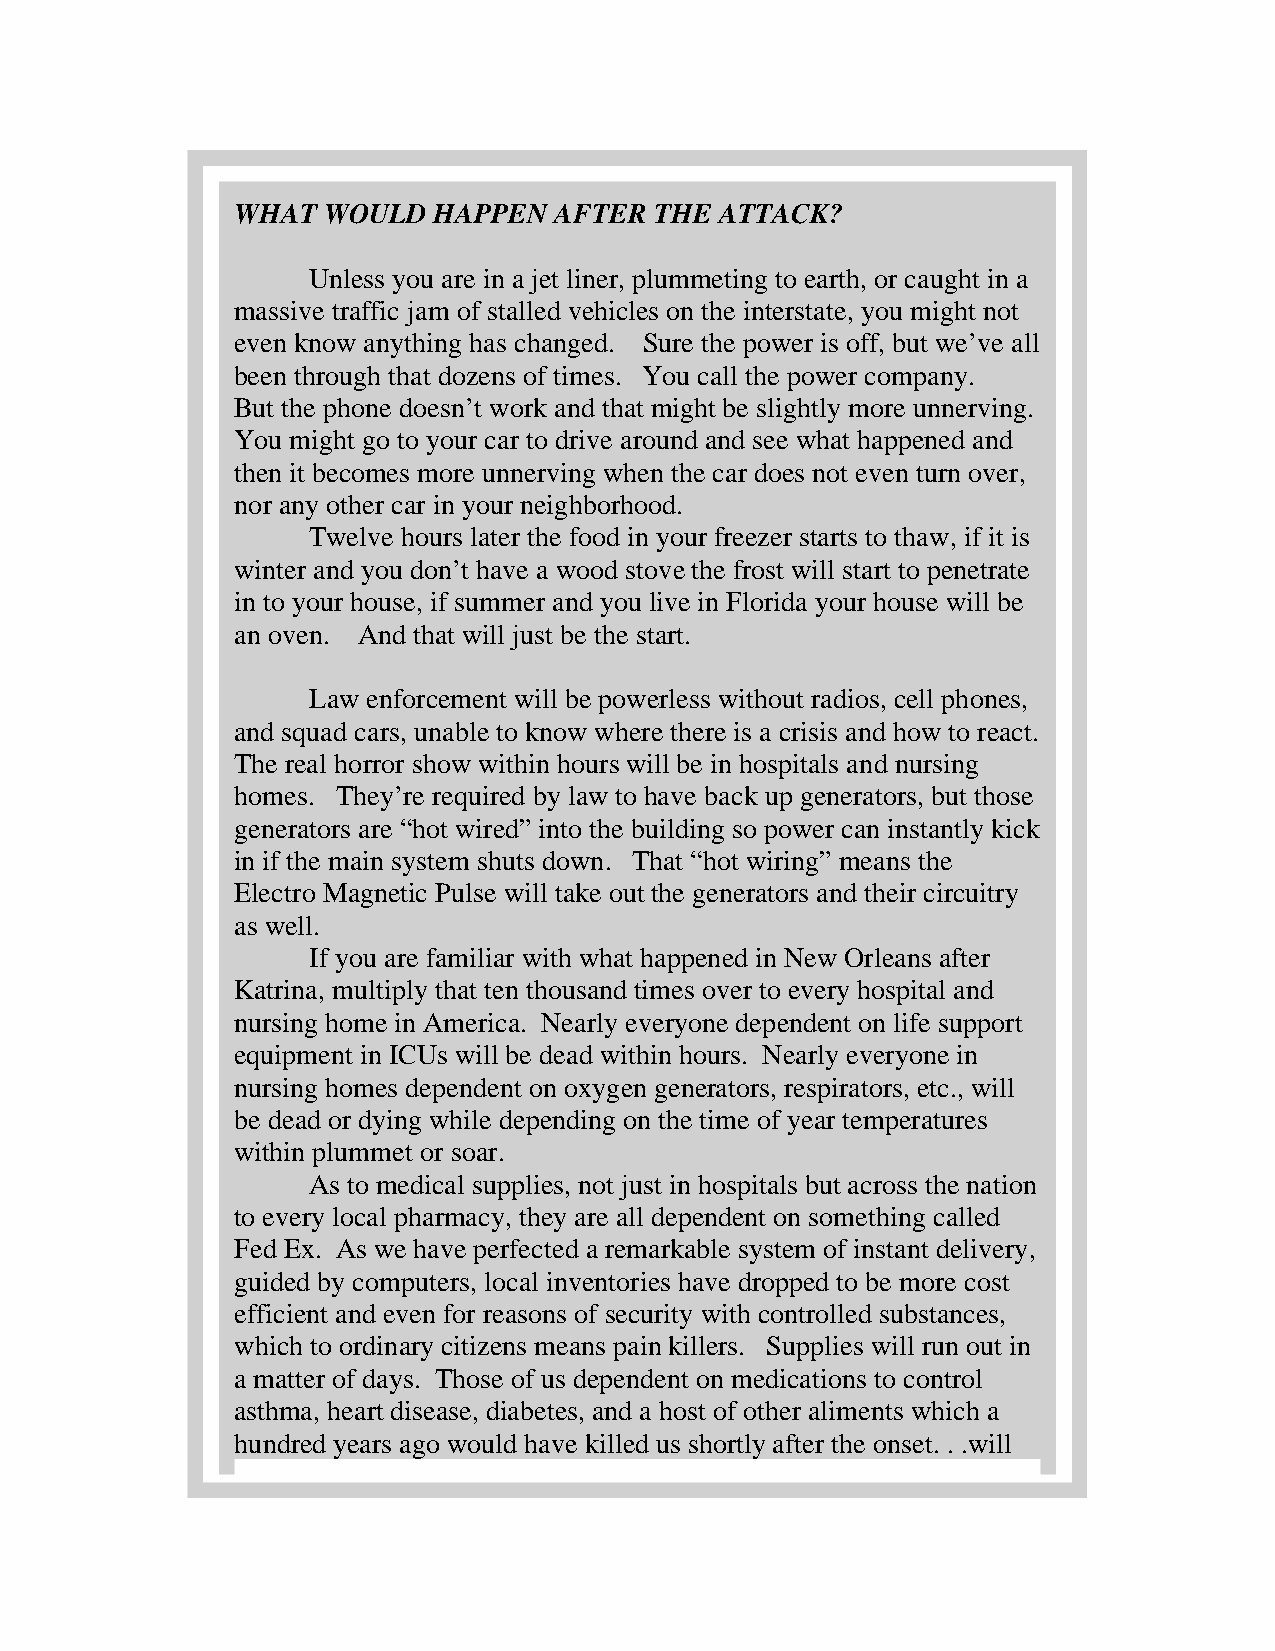
WHAT WOULD   HAPPEN  AFTER THE  ATTACK?
 Unless you are in a jet liner, plummeting to earth, or caught in a
 massive traffic jam of stalled vehicles on the interstate, you might not
 even know anything has changed. Sure the power is off, but we’ve all
 been through that dozens of times. You call the power company.
 But the phone doesn’t work and that might be slightly more unnerving.
 You might go to your car to drive around and see what happened and
 then it becomes more unnerving when the car does not even turn over,
 nor any other car in your neighborhood.
 Twelve hours later the food in your freezer starts to thaw, if it is
 winter and you don’t have a wood stove the frost will start to penetrate
 in to your house, if summer and you live in Florida your house will be
 an oven. And that will just be the start.
 Law enforcement will be powerless without radios, cell phones,
 and squad cars, unable to know where there is a crisis and how to react.
 The real horror show within hours will be in hospitals and nursing
 homes. They’re required by law to have back up generators, but those
 generators are “hot wired” into the building so power can instantly kick
 in if the main system shuts down. That “hot wiring” means the
 Electro Magnetic Pulse will take out the generators and their circuitry
 as well.
 If you are familiar with what happened in New Orleans after
 Katrina, multiply that ten thousand times over to every hospital and
 nursing home in America. Nearly everyone dependent on life support
 equipment in ICUs will be dead within hours. Nearly everyone in
 nursing homes dependent on oxygen generators, respirators, etc., will
 be dead or dying while depending on the time of year temperatures
 within plummet or soar.
 As to medical supplies, not just in hospitals but across the nation
 to every local pharmacy, they are all dependent on something called
 Fed Ex. As we have perfected a remarkable system of instant delivery,
 guided by computers, local inventories have dropped to be more cost
 efficient and even for reasons of security with controlled substances,
 which to ordinary citizens means pain killers. Supplies will run out in
 a matter of days. Those of us dependent on medications to control
 asthma, heart disease, diabetes, and a host of other aliments which a
 hundred years ago would have killed us shortly after the onset. . .will